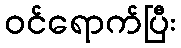
ဝင်ရောက်ပြီး